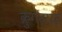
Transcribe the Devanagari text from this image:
क्रुगलाया